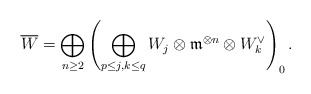
\begin{align*}\overline{W}=\bigoplus_{n\ge 2}\left(\bigoplus_{p\le j, k \le q}W_j \otimes \mathfrak{m}^{\otimes n}\otimes W_k^{\vee} \right)_0.\end{align*}